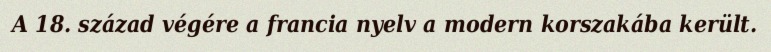
A 18. század végére a francia nyelv a modern korszakába került.